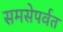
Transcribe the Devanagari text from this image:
समसेपर्वत